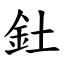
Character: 釷